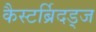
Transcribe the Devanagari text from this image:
कैस्टर्ब्रिदड्ज